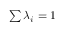
\textstyle \sum \lambda _ { i } = 1